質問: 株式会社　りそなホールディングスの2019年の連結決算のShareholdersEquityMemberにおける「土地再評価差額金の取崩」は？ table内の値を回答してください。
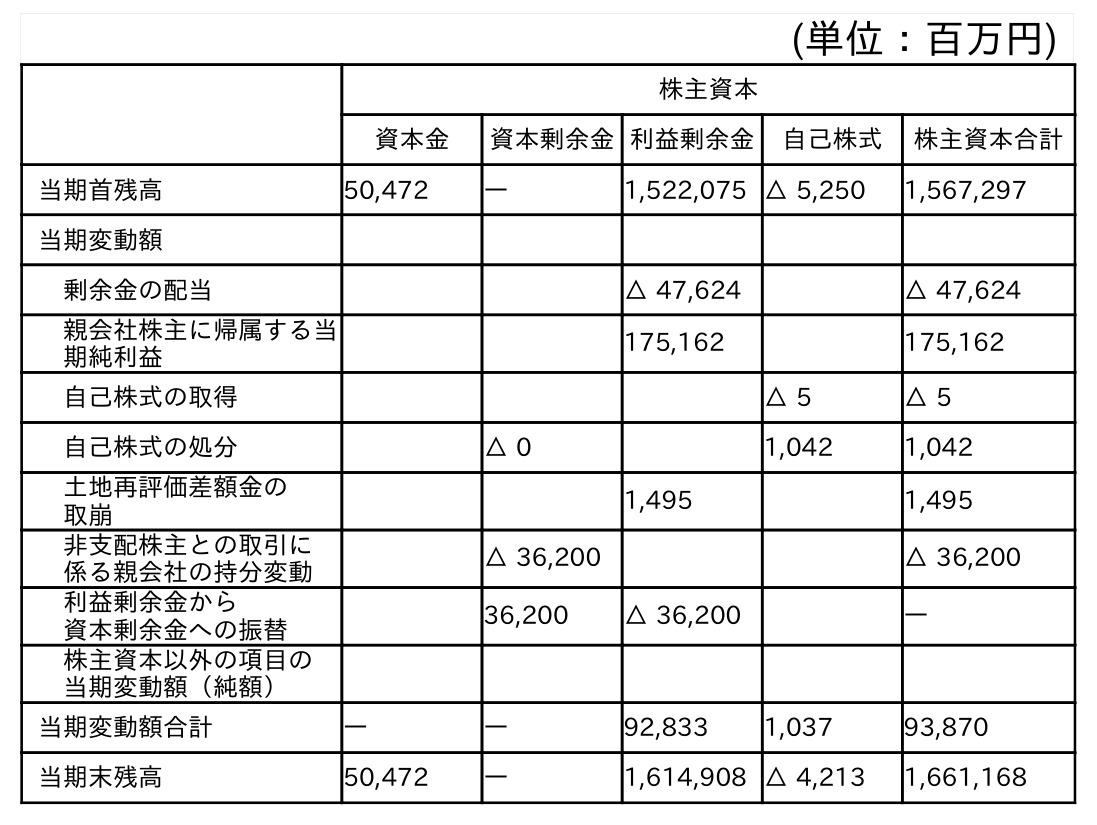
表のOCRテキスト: (単位：百万円) 株主資本 資本金 資本剰余金利益剰余金 自己株式 株主資本合計 当期首残高 50,472 ― 1,522,075 △ 5,250 1,567,297 当期変動額 剰余金の配当 △ 47,624 △ 47,624 親会社株主に帰属する当 期純利益 175,162 175,162 自己株式の取得 △ 5 △ 5 自己株式の処分 △ 0 1,042 1,042 土地再評価差額金の 取崩 1,495 1,495 非支配株主との取引に 係る親会社の持分変動 △ 36,200 △ 36,200 利益剰余金から 資本剰余金への振替 36,200 △ 36,200 ― 株主資本以外の項目の 当期変動額（純額） 当期変動額合計 ― ― 92,833 1,037 93,870 当期末残高 50,472 ― 1,614,908 △ 4,213 1,661,168
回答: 1,495